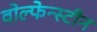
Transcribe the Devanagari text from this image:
वोल्फेन्स्टीन